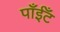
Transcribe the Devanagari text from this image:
पाँईँट